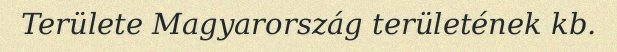
Területe Magyarország területének kb.